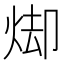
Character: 𭴦